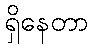
ရှိနေတာ